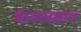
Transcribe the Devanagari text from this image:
थे।व्यवसाय